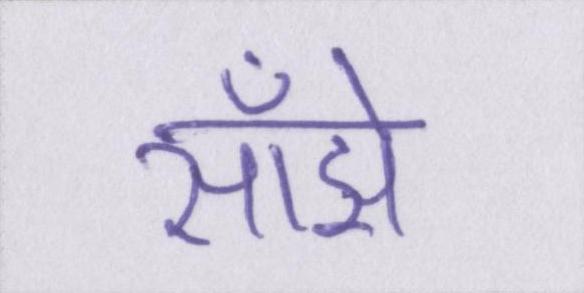
साँझे